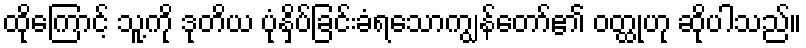
ထိုကြောင့် သူ့ကို ဒုတိယ ပုံနှိပ်ခြင်းခံရသောကျွန်တော်၏ ဝတ္ထုဟု ဆိုပါသည်။